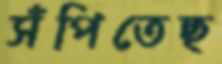
সঁপিতেছ